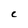
Character: C